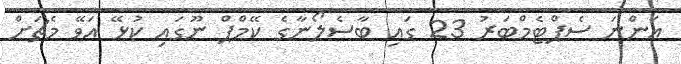
އަންނަ ސެޕްޓެމްބަރު 23 ގައި ބާސެލޯނާގެ ކޭމްޕް ނޫގައި ކުޅޭ އަވޭ މެޗަށް